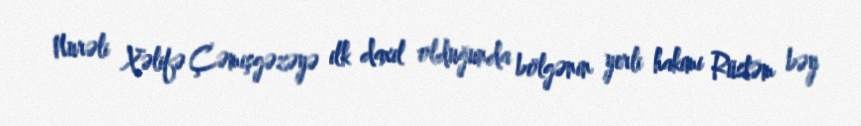
Nurəli Xəlifə Çəmişgəzəyə ilk daxil olduğunda bölgənin yerli hakimi Rüstəm bəy